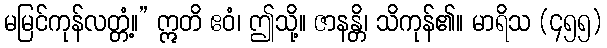
မမြင်ကုန်လတ္တံ့။” ဣတိ ဧဝံ၊ ဤသို့။ ဇာနန္တိ၊ သိကုန်၏။ မာရိသ (၄၅၅)